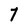
Character: 7